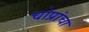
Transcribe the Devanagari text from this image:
चोप्रांचा